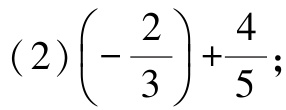
\((2)\left(-\dfrac{2}{3}\right)+\dfrac{4}{5};\)